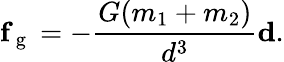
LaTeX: \textbf{f}_{\mathrm{~g~}}=-\frac{G(m_{1}+m_{2})}{d^{3}}\textbf{d}.